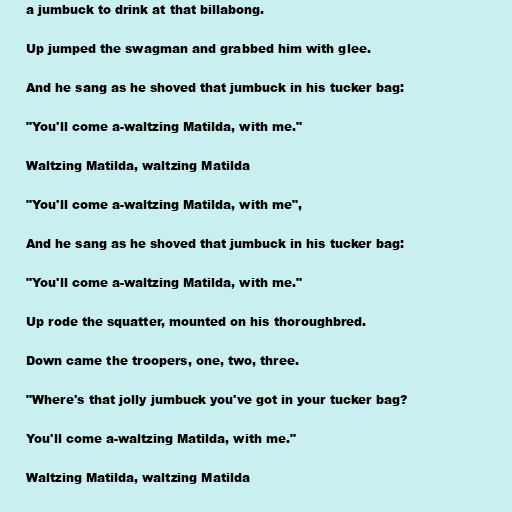
a jumbuck to drink at that billabong.

Up jumped the swagman and grabbed him with glee.

And he sang as he shoved that jumbuck in his tucker bag:

"You'll come a-waltzing Matilda, with me."

Waltzing Matilda, waltzing Matilda

"You'll come a-waltzing Matilda, with me",

And he sang as he shoved that jumbuck in his tucker bag:

"You'll come a-waltzing Matilda, with me."

Up rode the squatter, mounted on his thoroughbred.

Down came the troopers, one, two, three.

"Where's that jolly jumbuck you've got in your tucker bag?

You'll come a-waltzing Matilda, with me."

Waltzing Matilda, waltzing Matilda